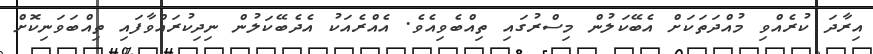
އިރާދަ ކުރެއްވި މުއްދަތަކަށް އެބޭކަލުން މިސްރުގައި ތިއްބެވިއެވެ. އެއްރެއަކު އެދެބޭކަލުން ނިދިކުރައްވާފައި ތިއްބަވަނިކޮށް